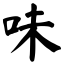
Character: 味